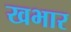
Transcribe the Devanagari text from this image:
खभार